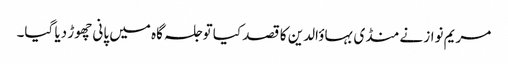
مریم نواز نے منڈی بہاؤالدین کا قصد کیا تو جلسہ گاہ میں پانی چھوڑ دیا گیا۔